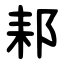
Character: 䣂